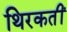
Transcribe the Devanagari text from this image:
थिरकतीं